Indian journal of veterinary science and animal husbandry - Volume 5,
Year: 1935
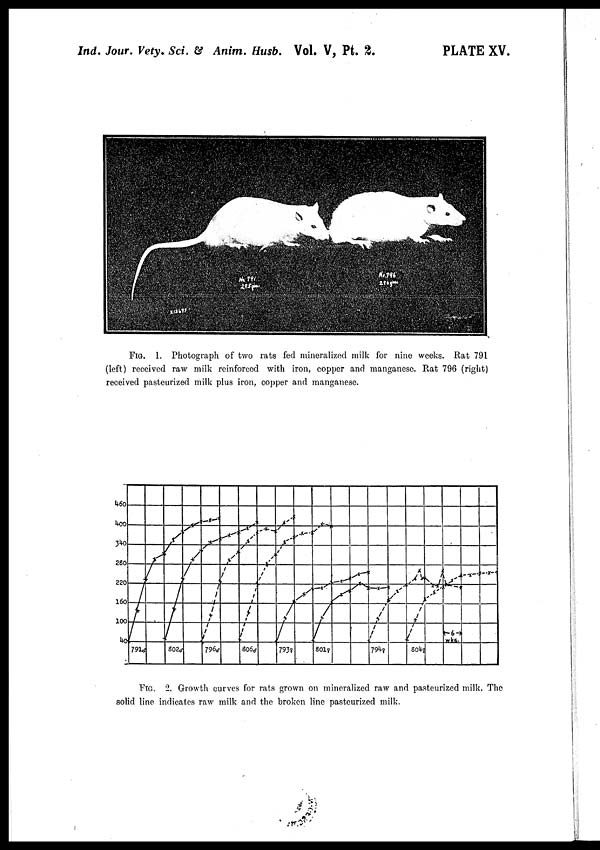
Ind. Jour. Vety. Sci. & Anim. Husb. Vol. V, Pt.
2.
PLATE XV.
FIG. 1. Photograph of two rats fed mineralized milk for nine weeks. Rat 791
(left) received raw milk reinforced with iron, copper and manganese. Rat 796 (right)
received pasteurized milk plus iron, copper and manganese.
FIG. 2. Growth curves for rats grown on mineralized raw and pasteurized milk. The
solid line indicates raw milk and the broken line pasteurized milk.